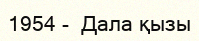
1954 -  Дала қызы